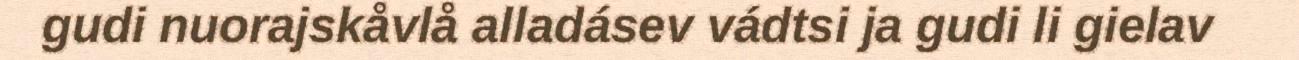
gudi nuorajskåvlå alladásev vádtsi ja gudi li gielav